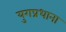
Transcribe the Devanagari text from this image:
युगप्रधाना